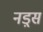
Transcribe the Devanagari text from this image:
नड़्स